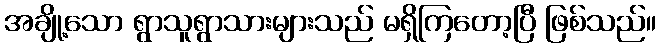
အချို့သော ရွာသူရွာသားများသည် မရှိကြတော့ပြီ ဖြစ်သည်။